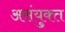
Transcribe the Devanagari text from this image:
असंयुक्‍त